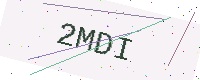
Text: 2MDI